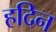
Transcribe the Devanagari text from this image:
हदिन